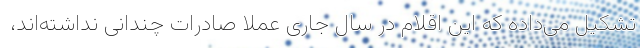
تشکیل می‌داده که این اقلام در سال جاری عملا صادرات چندانی نداشته‌اند،